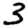
Digit: 3